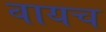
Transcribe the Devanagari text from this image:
वायच